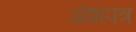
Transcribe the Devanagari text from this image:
अंशपत्र